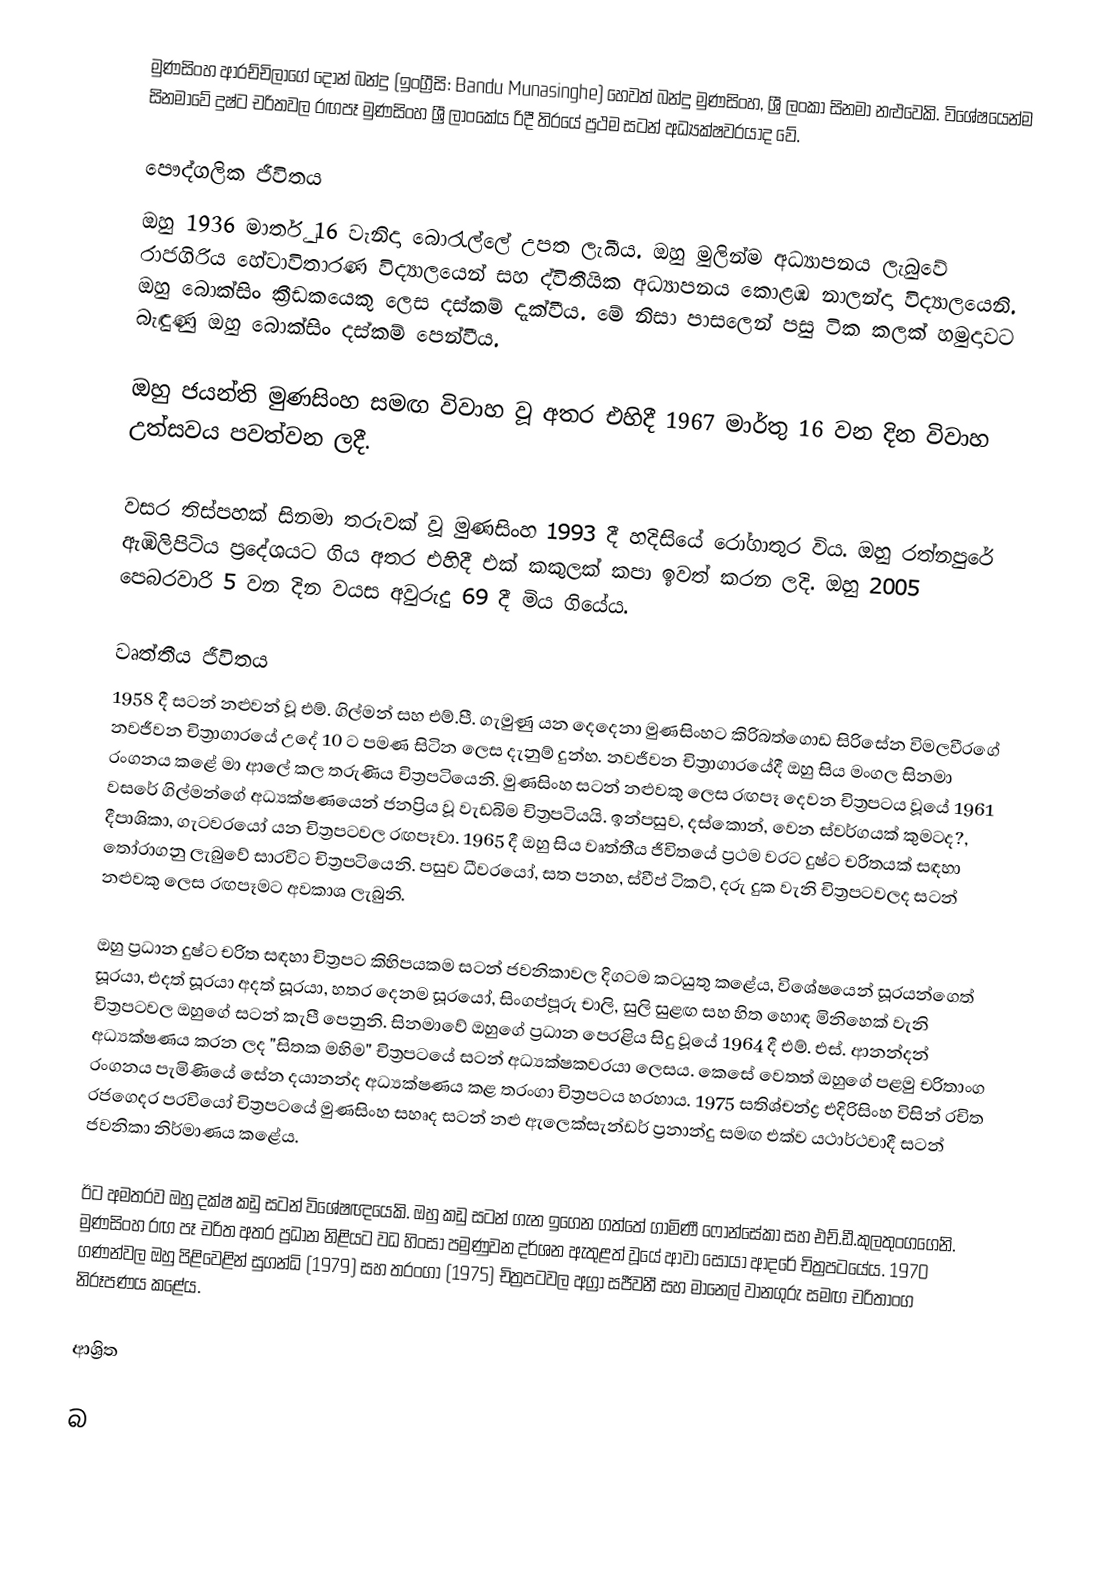
මුණසිංහ ආරච්චිලාගේ දොන් බන්දු (ඉංග්‍රීසි: Bandu Munasinghe) හෙවත් බන්දු මුණසිංහ, ශ්‍රී ලංකා සිනමා නළුවෙකි. විශේෂයෙන්ම සිනමාවේ දුෂ්ට චරිතවල රඟපෑ මුණසිංහ ශ්‍රී ලාංකේය රිදී තිරයේ ප්‍රථම සටන් අධ්‍යක්ෂවරයාද වේ.

පෞද්ගලික ජීවිතය
ඔහු 1936 මාර්තු 16 වැනිදා බොරැල්ලේ උපත ලැබීය. ඔහු මුලින්ම අධ්‍යාපනය ලැබුවේ රාජගිරිය හේවාවිතාරණ විද්‍යාලයෙන් සහ ද්විතීයික අධ්‍යාපනය කොළඹ නාලන්දා විද්‍යාලයෙනි. ඔහු බොක්සිං ක්‍රීඩකයෙකු ලෙස දස්කම් දැක්වීය. මේ නිසා පාසලෙන් පසු ටික කලක් හමුදාවට බැඳුණු ඔහු බොක්සිං දස්කම් පෙන්වීය.

ඔහු ජයන්ති මුණසිංහ සමඟ විවාහ වූ අතර එහිදී 1967 මාර්තු 16 වන දින විවාහ උත්සවය පවත්වන ලදී.

වසර තිස්පහක් සිනමා තරුවක් වූ මුණසිංහ 1993 දී හදිසියේ රෝගාතුර විය. ඔහු රත්නපුරේ ඇඹිලිපිටිය ප්‍රදේශයට ගිය අතර එහිදී එක් කකුලක් කපා ඉවත් කරන ලදි. ඔහු 2005 පෙබරවාරි 5 වන දින වයස අවුරුදු 69 දී මිය ගියේය.

වෘත්තීය ජීවිතය
1958 දී සටන් නළුවන් වූ එම්. ගිල්මන් සහ එම්.පී. ගැමුණු යන දෙදෙනා මුණසිංහට කිරිබත්ගොඩ සිරිසේන විමලවීරගේ නවජීවන චිත්‍රාගාරයේ උදේ 10 ට පමණ සිටින ලෙස දැනුම් දුන්හ. නවජීවන චිත්‍රාගාරයේදී ඔහු සිය මංගල සිනමා රංගනය කළේ මා ආලේ කල තරුණිය චිත්‍රපටියෙනි. මුණසිංහ සටන් නළුවකු ලෙස රඟපෑ දෙවන චිත්‍රපටය වූයේ 1961 වසරේ ගිල්මන්ගේ අධ්‍යක්ෂණයෙන් ජනප්‍රිය වූ වැඩබිම චිත්‍රපටියයි. ඉන්පසුව, දස්කොන්, වෙන ස්වර්ගයක් කුමටද?, දීපාශිකා, ගැටවරයෝ යන චිත්‍රපටවල රඟපෑවා. 1965 දී ඔහු සිය වෘත්තීය ජීවිතයේ ප්‍රථම වරට දුෂ්ට චරිතයක් සඳහා තෝරාගනු ලැබුවේ සාරවිට චිත්‍රපටියෙනි. පසුව ධීවරයෝ, සත පනහ, ස්වීප් ටිකට්, දරු දුක වැනි චිත්‍රපටවලද සටන් නළුවකු ලෙස රඟපෑමට අවකාශ ලැබුනි.

ඔහු ප්‍රධාන දුෂ්ට චරිත සඳහා චිත්‍රපට කිහිපයකම සටන් ජවනිකාවල දිගටම කටයුතු කළේය, විශේෂයෙන් සූරයන්ගෙත් සූරයා, එදත් සූරයා අදත් සූරයා, හතර දෙනම සූරයෝ, සිංගප්පූරු චාලි, සුලි සුළඟ සහ හිත හොඳ මිනිහෙක් වැනි චිත්‍රපටවල ඔහුගේ සටන් කැපී පෙනුනි. සිනමාවේ ඔහුගේ ප්‍රධාන පෙරළිය සිදු වූයේ 1964 දී එම්. එස්. ආනන්දන් අධ්‍යක්ෂණය කරන ලද "සිතක මහිම" චිත්‍රපටයේ සටන් අධ්‍යක්ෂකවරයා ලෙසය. කෙසේ වෙතත් ඔහුගේ පළමු චරිතාංග රංගනය පැමිණියේ සේන දයානන්ද අධ්‍යක්ෂණය කළ තරංගා චිත්‍රපටය හරහාය. 1975 සතිශ්චන්ද්‍ර එදිරිසිංහ විසින් රචිත රජගෙදර පරවියෝ චිත්‍රපටයේ මුණසිංහ සහෘද සටන් නළු ඇලෙක්‌සැන්ඩර් ප්‍රනාන්දු සමඟ එක්ව යථාර්ථවාදී සටන් ජවනිකා නිර්මාණය කළේය.

ඊට අමතරව ඔහු දක්ෂ කඩු සටන් විශේෂඥයෙකි. ඔහු කඩු සටන් ගැන ඉගෙන ගත්තේ ගාමිණී ෆොන්සේකා සහ එච්.ඩී.කුලතුංගගෙනි. මුණසිංහ රඟ පෑ චරිත අතර ප්‍රධාන නිළියට වධ හිංසා පමුණුවන දර්ශන ඇතුළත් වූයේ ආවා සොයා ආදරේ චිත්‍රපටයේය. 1970 ගණන්වල ඔහු පිළිවෙළින් සුගන්ධි (1979) සහ තරංගා (1975) චිත්‍රපටවල අග්‍රා සජීවනී සහ මානෙල් වානගුරු සමඟ චරිතාංග නිරූපණය කළේය.

ආශ්‍රිත

බ